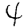
Digit: 4